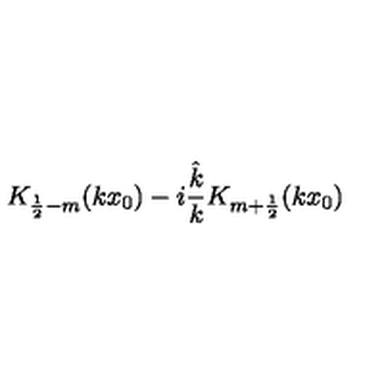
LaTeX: K _ { \frac 1 2 - m } ( k x _ { 0 } ) - i \frac { \hat { k } } { k } K _ { m + \frac 1 2 } ( k x _ { 0 } )